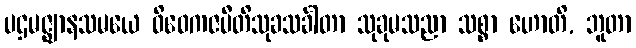
ပဌမဇ္ဈာနသမယေ ဝိဝေကဇပီတိသုခသင်္ခါတာ သုခုမသညာ သစ္စာ ဟောတိ, ဘူတာ